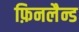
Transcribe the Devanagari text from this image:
फ़िनलैन्ड